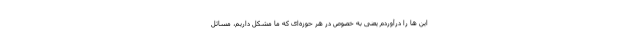
این ها را درآوردم یعنی به خصوص در هر حوزه‌ای که ما مشکل داریم، مسائل